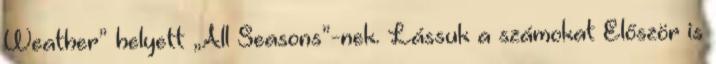
Weather” helyett „All Seasons”-nek. Lássuk a számokat Először is